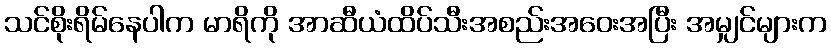
သင်စိုးရိမ်နေပါက မာရိကို အာဆီယံထိပ်သီးအစည်းအဝေးအပြီး အမျှင်များက